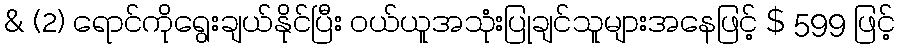
& (2) ရောင်ကိုရွေးချယ်နိုင်ပြီး ဝယ်ယူအသုံးပြုချင်သူများအနေဖြင့် $ 599 ဖြင့်